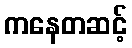
ကနေတဆင့်